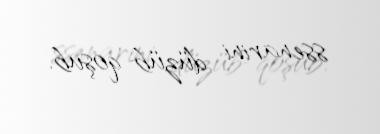
ssenarini düzüb-qoşub.